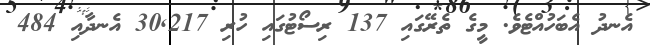
އެނދު އެބަހުއްޓެވެ. މީގެ ތެރޭގައި 137 ރިސޯޓުގައި ހުރި 30